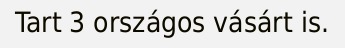
Tart 3 országos vásárt is.